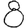
Digit: 8